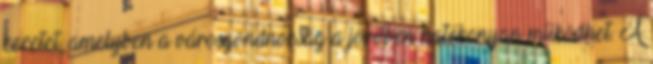
keretet, amelyben a városgondnokság a jövőben hatékonyan működhet. A